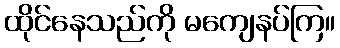
ထိုင်နေသည်ကို မကျေနပ်ကြ။